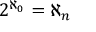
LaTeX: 2 ^ { \aleph _ { 0 } } = \aleph _ { n }